Veterinary [1909] -
Year: 1909
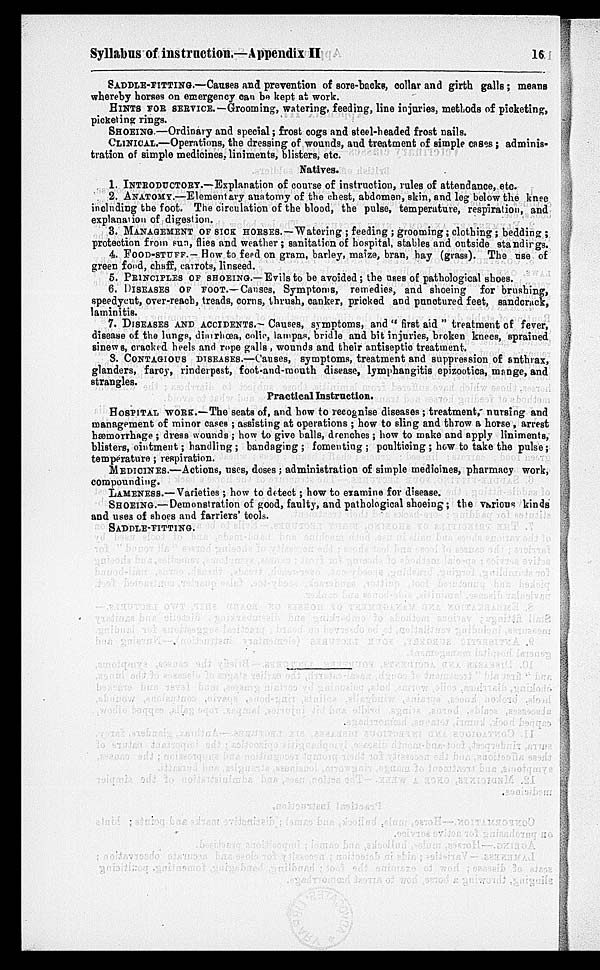
Syllabus of instraction .—Appendix II
16
SADDLE-FITTING.—Causes and prevention of sore-backs, collar and girth galls ; means
whereby horses on emergency can be kept at work.
HINTS FOR SERVICE.—Grooming, watering, feeding, line injuries, methods of picketing,
picketing rings.
SHOEING.—Ordinary and special; frost cogs and steel-headed frost nails.
CLINICAL.—Operations, the dressing of wounds, and treatment of simple cases ; adminis-
tration of simple medicines, liniments, blisters, etc.
Natives.
1. INTRODUCTORY.—Explanation of course of instruction, rules of attendance, etc.
2. ANATOMY.—Elementary anatomy of the chest, abdomen, skin, and leg below the knee
including the foot. The circulation of the blood, the pulse, temperature, respiration, and
explanation of digestion.
3. MANAGEMENT OF SICK HORSES.—Watering ; feeding ; grooming; clothing; bedding ;
protection from sun, flies and weather; sanitation of hospital, stables and outside standings.
4. FOOD-STUFF.—How to feed on gram, barley, maize, bran, hay (grass). The use of
green food, chaff, carrots, linseed.
5. PRINCIPLES OF SHOEING.—Evils to be avoided; the uses of pathological shoes.
6. DISEASES OF FOOT.—Causes, Symptoms, remedies, and shoeing for brushing,
speedycut, over-reach, treads, corns, thrush, canker, pricked and punctured feet, sandcrack,
laminitis.
7. DISEASES AND ACCIDENTS. Causes, symptoms, and " first aid " treatment of fever,
disease of the lungs, diarrhœa, colic, lampas, bridle and bit injuries, broken knees, sprained
sinews, cracked heels and rope galls , wounds and their antiseptic treatment.
8. CONTAGIOUS DISEASES.—Causes, symptoms, treatment and suppression of anthrax,
glanders, farcy, rinderpest, foot-and-mouth disease, lymphangitis epizootica, mange, and
strangles.
Practical Instruction.
HOSPITAL WORK.—The seats of, and how to recognise diseases ; treatment, nursing and
management of minor cases ; assisting at operations ; how to sling and throw a horse, arrest
hæmorrhage ; dress wounds ; how to give balls, drenches ; how to make and apply liniments,
blisters, ointment; handling ; bandaging; fomenting; poulticing ; how to take the pulse;
temperature ; respiration.
MEDICINES.—Actions, uses, doses ; administration of simple medicines, pharmacy work,
compounding.
LAMENESS.—Varieties; how to detect; how to examine for disease.
SHOEING.—Demonstration of good, faulty, and pathological shoeing ; the various kinds
and uses of shoes and farriers' tools.
SADDLE-FITTING.